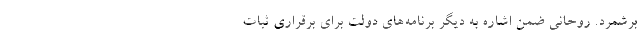
برشمرد. روحانی ضمن اشاره به دیگر برنامه‌های دولت برای برقراری ثبات